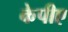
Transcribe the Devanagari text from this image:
केपीए